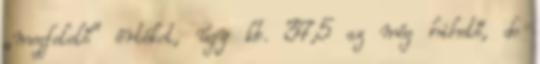
„megfelelő” értéket, úgy kb. 37,5 az még hihető, de